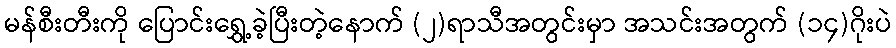
မန်စီးတီးကို ပြောင်းရွှေ့ခဲ့ပြီးတဲ့နောက် (၂)ရာသီအတွင်းမှာ အသင်းအတွက် (၁၄)ဂိုးပဲ